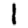
Digit: 1